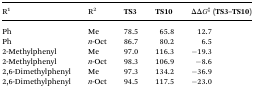
| R1 | R2 | TS3 | TS10 | ΔΔG‡ (TS3–TS10) |
 | --- | --- | --- | --- | --- |
 | Ph | Me | 78.5 | 65.8 | 12.7 |
 | Ph | n-Oct | 86.7 | 80.2 | 6.5 |
 | 2-Methylphenyl | Me | 97.0 | 116.3 | –19.3 |
 | 2-Methylphenyl | n-Oct | 98.3 | 106.9 | –8.6 |
 | 2,6-Dimethylphenyl | Me | 97.3 | 134.2 | –36.9 |
 | 2,6-Dimethylphenyl | n-Oct | 94.5 | 117.5 | –23.0 |